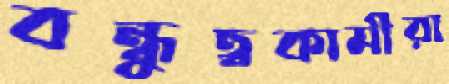
বন্ধুত্বকামীরা